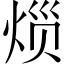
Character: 𱫐